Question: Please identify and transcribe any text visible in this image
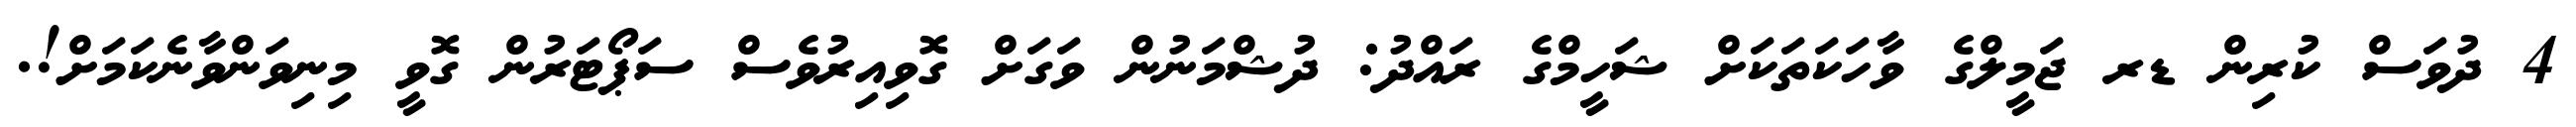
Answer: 4 ދުވަސް ކުރިން ޑރ ޖަމީލްގެ ވާހަކަތަކަށް ޝަހީމްގެ ރައްދު: ދުޝްމަނުން ވަގަށް ގޮވިއިރުވެސް ސަޕޯޓަރުން ގޮވީ މިނިވަންވާނެކަމަށް!.